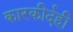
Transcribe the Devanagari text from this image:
कारकीर्दही